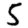
Digit: 5